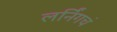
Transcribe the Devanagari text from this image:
लर्निंगचं